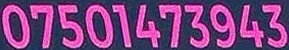
07501473943